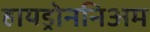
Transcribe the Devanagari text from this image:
हायड्रोननिअम